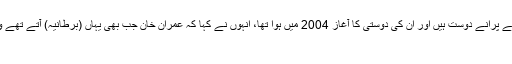
انہوں نے بتایا کہ وہ وزیراعظم عمران خان کے پرانے دوست ہیں اور ان کی دوستی کا آغاز 2004 میں ہوا تھا، انہوں نے کہا کہ عمران خان جب بھی یہاں (برطانیہ) آتے تھے وہ انہیں ایئر پورٹ لینے جاتے تھے اور انہیں
متاثر کن شخصیت پایا۔